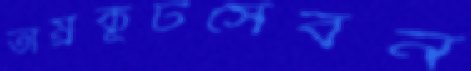
তাম্রকূটসেবন